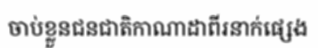
ចាប់ខ្លួនជនជាតិកាណាដាពីរនាក់ផ្សេង